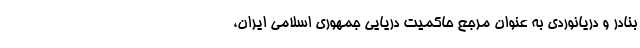
بنادر و دریانوردی به عنوان مرجع حاکمیت دریایی جمهوری اسلامی ایران،